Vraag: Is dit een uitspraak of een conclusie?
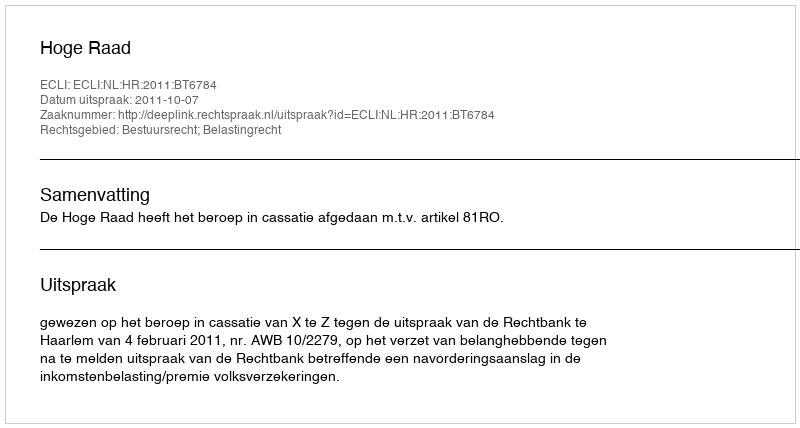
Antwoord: Uitspraak